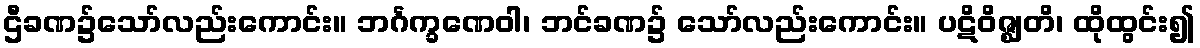
ဌီခဏ၌သော်လည်းကောင်း။ ဘင်္ဂက္ခဏေဝါ၊ ဘင်ခဏ၌ သော်လည်းကောင်း။ ပဋိဝိဇ္ဈတိ၊ ထိုထွင်း၍